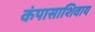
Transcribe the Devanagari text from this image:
कंपासाशिवाय